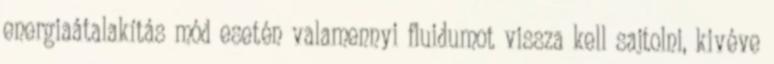
energiaátalakítás mód esetén valamennyi fluidumot vissza kell sajtolni, kivéve